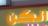
دنكن